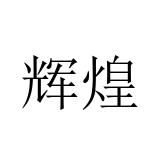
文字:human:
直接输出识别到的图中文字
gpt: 辉煌